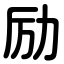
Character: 励